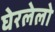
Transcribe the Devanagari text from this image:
घेरलेलो